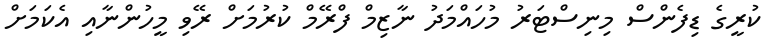
ކުރީގެ ޑިފެންސް މިނިސްޓަރު މުހައްމަދު ނާޒިމް ފްރޭމް ކުރުމަށް ރޭވި މީހުންނާއި އެކަމަށް